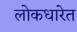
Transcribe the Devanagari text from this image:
लोकधारेत